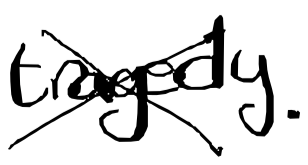
Text: tragedy.
Cross-out: cross
Writing tool: digital_black